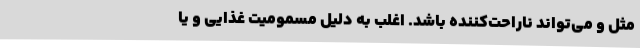
مثل و می‌تواند ناراحت‌کننده باشد. اغلب به دلیل مسمومیت غذایی و یا